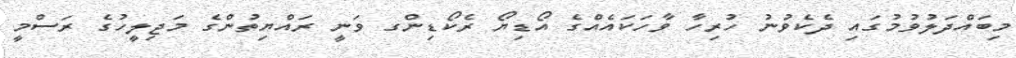
މިބައްދަލުވުމުގައި ދެކެވުނު ހުރިހާ ވާހަކައެއްގެ އޯޑިޔޯ ރެކޯޑިންގ ވަނީ ރައްޔިތުންގެ މަޖިލީހުގެ ރަސްމީ